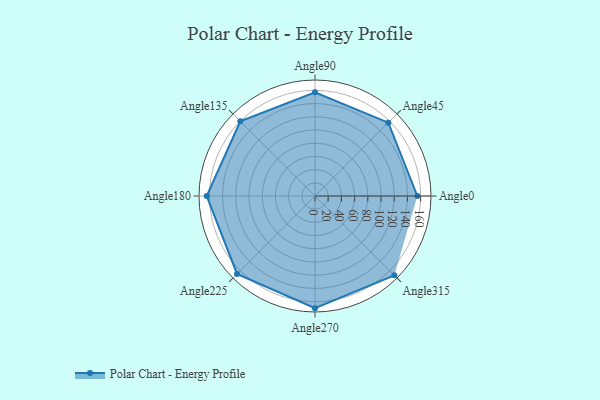
{"axis": {"x": "Angle", "y": "Radius"}, "legend": [""], "data": [{"x": "Angle0", "y": 155.0, "type": ""}, {"x": "Angle45", "y": 157.0, "type": ""}, {"x": "Angle90", "y": 157.0, "type": ""}, {"x": "Angle135", "y": 160.0, "type": ""}, {"x": "Angle180", "y": 164.0, "type": ""}, {"x": "Angle225", "y": 167.0, "type": ""}, {"x": "Angle270", "y": 170.0, "type": ""}, {"x": "Angle315", "y": 170, "type": ""}]}